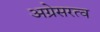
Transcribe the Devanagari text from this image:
अग्रेसरत्व